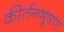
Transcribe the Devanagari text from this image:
कीर्तनभूषण